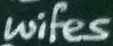
wifes